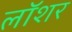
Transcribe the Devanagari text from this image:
लॉशर